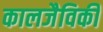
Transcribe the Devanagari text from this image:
कालजैविकी